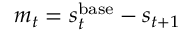
m _ { t } = s _ { t } ^ { \mathrm { b a s e } } - s _ { t + 1 }